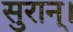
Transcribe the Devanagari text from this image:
सुरान्।